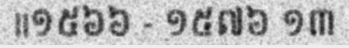
||១៥៦៦ - ១៥៧៦ ១៣